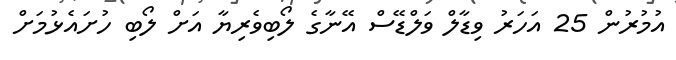
އުމުރުން 25 އަހަރު ވިޑާލް ވަލްޑޭސް އޭނާގެ ލޯބިވެރިޔާ އަށް ލޯބި ހުށައެޅުމަށް